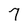
Character: 7